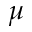
\mu